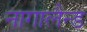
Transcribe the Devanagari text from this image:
नागालैन्ड